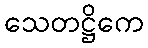
သေတဋ္ဌိကေ